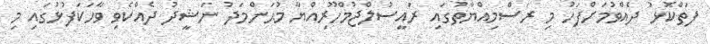
ފަތްކޮޅު ދެއްވުމަށްފަހު މި ރަސްމިއްޔާތުގައި ރައީސުލްޖުމްހޫރިއްޔާ މުޙަންމަދު ނަޝީދު ދެއްކެވި ވާހަކަފުޅުގައި މި